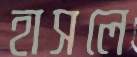
হাসলে